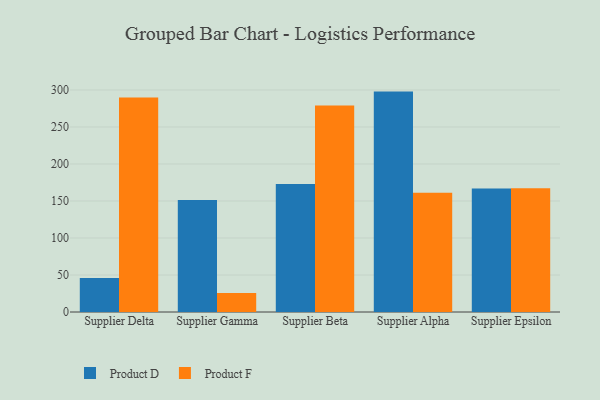
{"axis": {"x": "Supplier", "y": "Churn Rate (%)"}, "legend": ["Product D", "Product F"], "data": [{"x": "Supplier Delta", "y": 46.1, "type": "Product D"}, {"x": "Supplier Delta", "y": 289.8, "type": "Product F"}, {"x": "Supplier Gamma", "y": 151.2, "type": "Product D"}, {"x": "Supplier Gamma", "y": 25.6, "type": "Product F"}, {"x": "Supplier Beta", "y": 172.9, "type": "Product D"}, {"x": "Supplier Beta", "y": 278.9, "type": "Product F"}, {"x": "Supplier Alpha", "y": 297.8, "type": "Product D"}, {"x": "Supplier Alpha", "y": 161.0, "type": "Product F"}, {"x": "Supplier Epsilon", "y": 166.9, "type": "Product D"}, {"x": "Supplier Epsilon", "y": 167.1, "type": "Product F"}]}